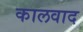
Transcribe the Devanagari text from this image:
कालवाद